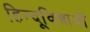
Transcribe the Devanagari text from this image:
हिन्दूविद्याओं